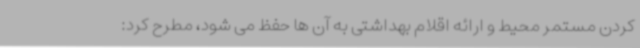
کردن مستمر محیط و ارائه اقلام بهداشتی به آن ها حفظ می شود، مطرح کرد: